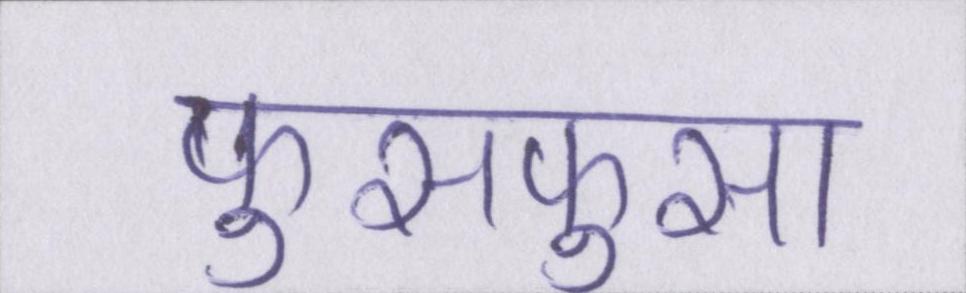
फुसफुसा